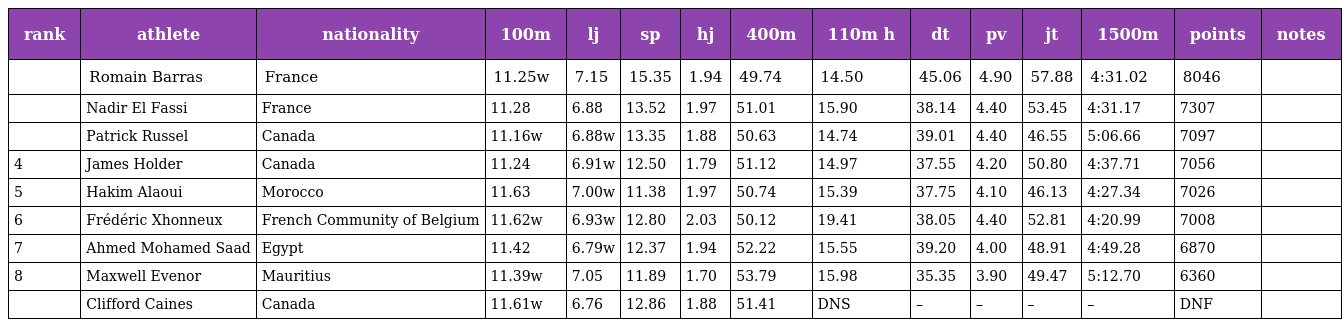
| rank | athlete | nationality | 100m | lj | sp | hj | 400m | 110m h | dt | pv | jt | 1500m | points | notes |
 | --- | --- | --- | --- | --- | --- | --- | --- | --- | --- | --- | --- | --- | --- | --- |
 |  | Romain Barras | France | 11.25w | 7.15 | 15.35 | 1.94 | 49.74 | 14.50 | 45.06 | 4.90 | 57.88 | 4:31.02 | 8046 |  |
 |  | Nadir El Fassi | France | 11.28 | 6.88 | 13.52 | 1.97 | 51.01 | 15.90 | 38.14 | 4.40 | 53.45 | 4:31.17 | 7307 |  |
 |  | Patrick Russel | Canada | 11.16w | 6.88w | 13.35 | 1.88 | 50.63 | 14.74 | 39.01 | 4.40 | 46.55 | 5:06.66 | 7097 |  |
 | 4 | James Holder | Canada | 11.24 | 6.91w | 12.50 | 1.79 | 51.12 | 14.97 | 37.55 | 4.20 | 50.80 | 4:37.71 | 7056 |  |
 | 5 | Hakim Alaoui | Morocco | 11.63 | 7.00w | 11.38 | 1.97 | 50.74 | 15.39 | 37.75 | 4.10 | 46.13 | 4:27.34 | 7026 |  |
 | 6 | Frédéric Xhonneux | French Community of Belgium | 11.62w | 6.93w | 12.80 | 2.03 | 50.12 | 19.41 | 38.05 | 4.40 | 52.81 | 4:20.99 | 7008 |  |
 | 7 | Ahmed Mohamed Saad | Egypt | 11.42 | 6.79w | 12.37 | 1.94 | 52.22 | 15.55 | 39.20 | 4.00 | 48.91 | 4:49.28 | 6870 |  |
 | 8 | Maxwell Evenor | Mauritius | 11.39w | 7.05 | 11.89 | 1.70 | 53.79 | 15.98 | 35.35 | 3.90 | 49.47 | 5:12.70 | 6360 |  |
 |  | Clifford Caines | Canada | 11.61w | 6.76 | 12.86 | 1.88 | 51.41 | DNS | – | – | – | – | DNF |  |